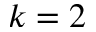
k = 2